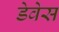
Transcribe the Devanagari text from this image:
डेवेस